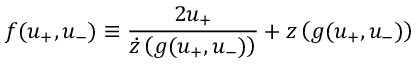
f ( u _ { + } , u _ { - } ) \equiv \frac { 2 u _ { + } } { \dot { z } \left( g ( u _ { + } , u _ { - } ) \right) } + z \left( g ( u _ { + } , u _ { - } ) \right)